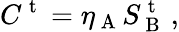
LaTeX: C^{\mathrm{~t~}}=\eta_{\mathrm{~A~}}S_{\mathrm{~B~}}^{\mathrm{~t~}}\, ,